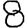
Digit: 8